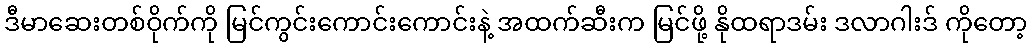
ဒီမာဆေးတစ်ဝိုက်ကို မြင်ကွင်းကောင်းကောင်းနဲ့ အထက်ဆီးက မြင်ဖို့ နိုထရာဒမ်း ဒလာဂါးဒ် ကိုတော့